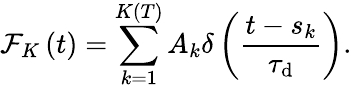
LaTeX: \mathcal{F}_{K}\left(t\right)=\sum_{k=1}^{K\left(T\right)}A_{k}\delta\left(\frac{t-s_{k}}{\tau_{\mathrm{d}}}\right).